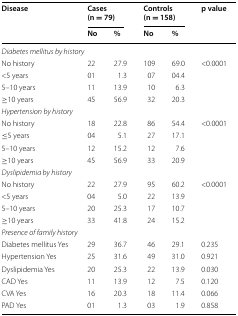
<table><thead><tr><td rowspan="2"><b>Disease</b></td><td colspan="2"><b>Cases (n = 79)</b></td><td colspan="2"><b>Controls (n = 158)</b></td><td rowspan="2"><b>p value</b></td></tr><tr><td><b>No</b></td><td><b>%</b></td><td><b>No</b></td><td><b>%</b></td></tr></thead><tbody><tr><td colspan="6"><i>Diabetes mellitus by history</i></td></tr><tr><td>No history</td><td>22</td><td>27.9</td><td>109</td><td>69.0</td><td rowspan="4">&lt;0.0001</td></tr><tr><td>&lt;5 years</td><td>01</td><td>1.3</td><td>07</td><td>04.4</td></tr><tr><td>5–10 years</td><td>11</td><td>13.9</td><td>10</td><td>6.3</td></tr><tr><td>≥10 years</td><td>45</td><td>56.9</td><td>32</td><td>20.3</td></tr><tr><td colspan="6"><i>Hypertension by history</i></td></tr><tr><td>No history</td><td>18</td><td>22.8</td><td>86</td><td>54.4</td><td rowspan="4">&lt;0.0001</td></tr><tr><td>≤5 years</td><td>04</td><td>5.1</td><td>27</td><td>17.1</td></tr><tr><td>5–10 years</td><td>12</td><td>15.2</td><td>12</td><td>7.6</td></tr><tr><td>≥10 years</td><td>45</td><td>56.9</td><td>33</td><td>20.9</td></tr><tr><td colspan="6"><i>Dyslipidemia by history</i></td></tr><tr><td>No history</td><td>22</td><td>27.9</td><td>95</td><td>60.2</td><td rowspan="4">&lt;0.0001</td></tr><tr><td>&lt;5 years</td><td>04</td><td>5.0</td><td>22</td><td>13.9</td></tr><tr><td>5–10 years</td><td>20</td><td>25.3</td><td>17</td><td>10.7</td></tr><tr><td>≥10 years</td><td>33</td><td>41.8</td><td>24</td><td>15.2</td></tr><tr><td colspan="6"><i>Presence of family history</i></td></tr><tr><td>Diabetes mellitus Yes</td><td>29</td><td>36.7</td><td>46</td><td>29.1</td><td>0.235</td></tr><tr><td>Hypertension Yes</td><td>25</td><td>31.6</td><td>49</td><td>31.0</td><td>0.921</td></tr><tr><td>Dyslipidemia Yes</td><td>20</td><td>25.3</td><td>22</td><td>13.9</td><td>0.030</td></tr><tr><td>CAD Yes</td><td>11</td><td>13.9</td><td>12</td><td>7.5</td><td>0.120</td></tr><tr><td>CVA Yes</td><td>16</td><td>20.3</td><td>18</td><td>11.4</td><td>0.066</td></tr><tr><td>PAD Yes</td><td>01</td><td>1.3</td><td>03</td><td>1.9</td><td>0.858</td></tr></tbody></table>